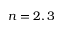
n = 2 , 3